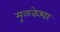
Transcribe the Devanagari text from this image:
मूळकेश्वर